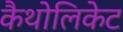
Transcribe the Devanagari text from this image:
कैथोलिकेट